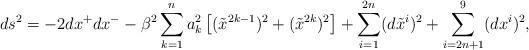
LaTeX: \begin{align*}ds^2 = -2 dx^+ dx^-- \beta^2 \sum_{k=1}^n a_k^2 \left[ (\tilde{x}^{2k-1})^2 +(\tilde{x}^{2k})^2 \right]+ \sum_{i=1}^{2n} (d\tilde{x}^i)^2 + \sum_{i=2n+1}^9 (dx^i)^2,\end{align*}